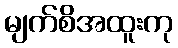
မျက်စိအထူးကု